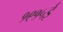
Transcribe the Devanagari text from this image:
१९१५ई